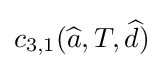
c_{3,1}({\widehat {a}},T,{\widehat {d}})